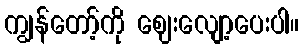
ကျွန်တော့်ကို ဈေးလျော့ပေးပါ။